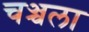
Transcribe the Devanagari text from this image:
चञ्चला